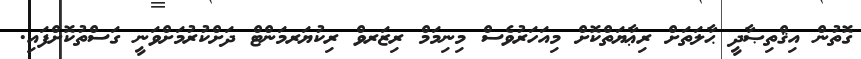
ގޮތުން އިޤްތިޞާދީ ޙާލަތަށް ރިޢާޔަތްކޮށް މިއަހަރުވެސް މިނިމަމް ރިޒަރވް ރިކުޔަރމަންޓް ދަށްކުރުމަށްވަނީ ގަސްތުކޮށްފައި.